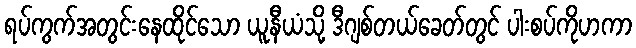
ရပ်ကွက်အတွင်းနေထိုင်သော ယူနီယံသို့ ဒီဂျစ်တယ်ခေတ်တွင် ပါးစပ်ကိုဟကာ